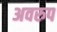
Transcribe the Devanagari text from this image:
अवरुप